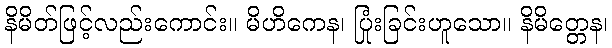
နိမိတ်ဖြင့်လည်းကောင်း။ မိဟိကေန၊ ပြုံးခြင်းဟူသော။ နိမိတ္တေန၊